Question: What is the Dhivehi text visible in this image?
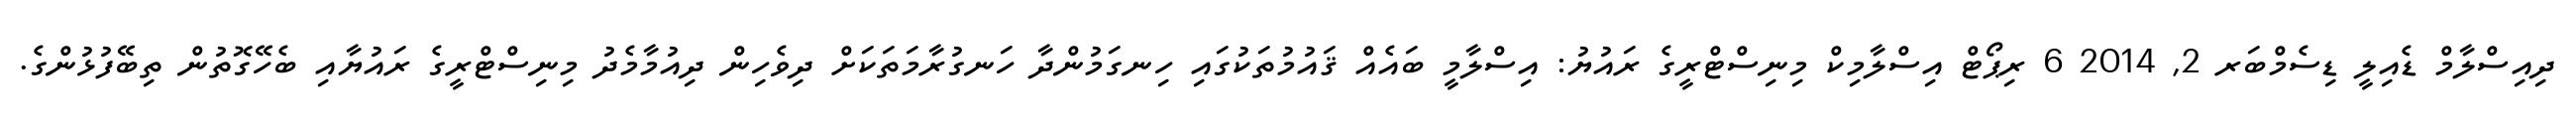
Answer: ދިއިސްލާމް ޑެއިލީ ޑިސެމްބަރ 2, 2014 6 ރިޕޯޓް އިސްލާމިކް މިނިސްޓްރީގެ ރައުޔު: އިސްލާމީ ބައެއް ޤައުމުތަކުގައި ހިނގަމުންދާ ހަނގުރާމަތަކަށް ދިވެހިން ދިއުމާމެދު މިނިސްޓްރީގެ ރައުޔާއި ބެހޭގޮތުން ތިބޭފުޅުންގެ.